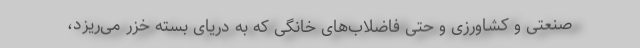
صنعتی و کشاورزی و حتی فاضلاب‌های خانگی که به دریای بسته خزر می‌ریزد،